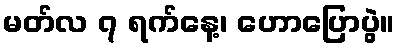
မတ်လ ၇ ရက်နေ့၊ ဟောပြောပွဲ။